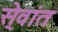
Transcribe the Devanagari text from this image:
से्वांत